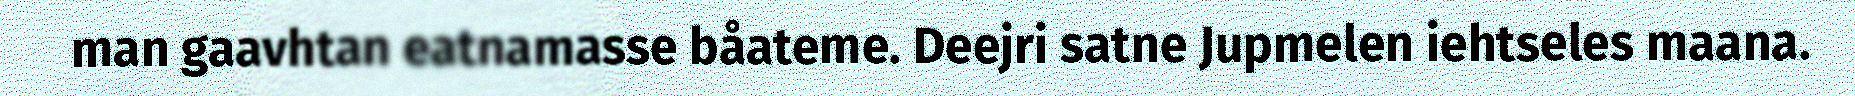
man gaavhtan eatnamasse båateme. Deejri satne Jupmelen iehtseles maana.